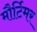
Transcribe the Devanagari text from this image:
मौर्टिमर